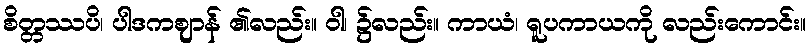
စိတ္တဿပိ၊ ပါဒကဈာန် ၏လည်း။ ဝါ၊ ၌လည်း။ ကာယံ၊ ရူပကာယကို လည်းကောင်း။